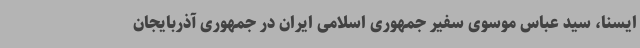
ایسنا، سید عباس موسوی سفیر جمهوری اسلامی ایران در جمهوری آذربایجان